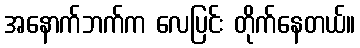
အနောက်ဘက်က လေပြင်း တိုက်နေတယ်။